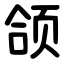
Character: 颌